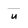
Character: u